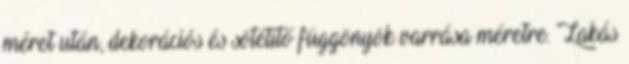
méret után, dekorációs és sötétítő függönyök varrása méretre. Lakás